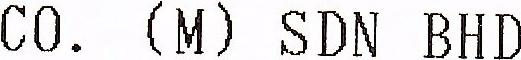
CO. (M) SDN BHD